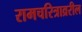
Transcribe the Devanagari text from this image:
रामचरित्राव्ररील